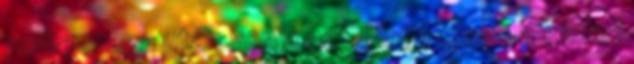
pedig maga után vonja azt, hogy maga a sztori